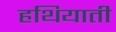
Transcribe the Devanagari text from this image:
हथियाती